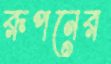
রূপনের